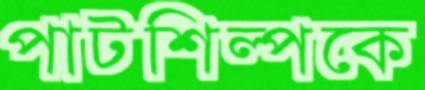
পাটশিল্পকে